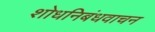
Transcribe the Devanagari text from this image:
शोधनिबंधवाचन